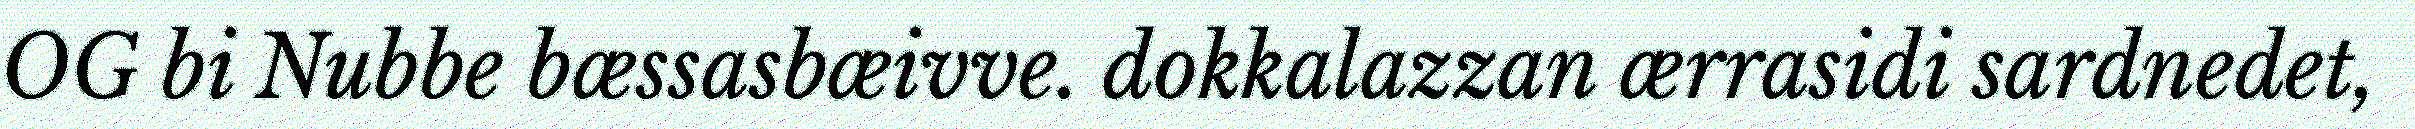
OG bi Nubbe bæssasbæivve. dokkalazzan ærrasidi sardnedet,